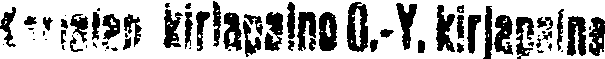
Karjalan kirjapaino O.-Y: kirjapaino